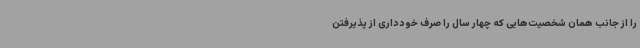
را از جانب همان شخصیت‌هایی که چهار سال را صرف خودداری از پذیرفتن